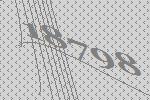
18798